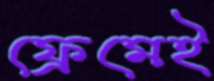
ফ্রেমেই